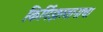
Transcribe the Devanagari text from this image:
किर्गिझस्तानाचा